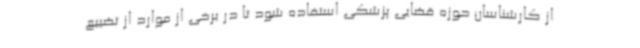
از کارشناسان حوزه قضایی پزشکی استفاده شود تا در برخی از موارد از تضییع